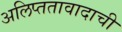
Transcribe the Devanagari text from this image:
अलिप्ततावादाची